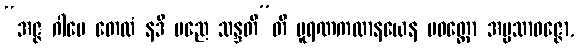
“အဇ္ဇ ဂါမေ တေလံ နဒီ မညေ သန္ဒတီ”တိ ပူရဏကထာနယေန ပဝတ္တော အပ္ပသာဝဇ္ဇော,